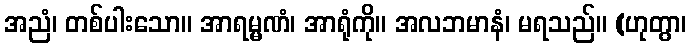
အညံ၊ တစ်ပါးသော။ အာရမ္မဏံ၊ အာရုံကို။ အလဘမာနံ၊ မရသည်။ (ဟုတွာ၊